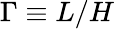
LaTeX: \Gamma\equiv L/H